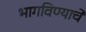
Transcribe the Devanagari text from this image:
भागविण्याचे